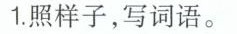
1.照样子，写词语。